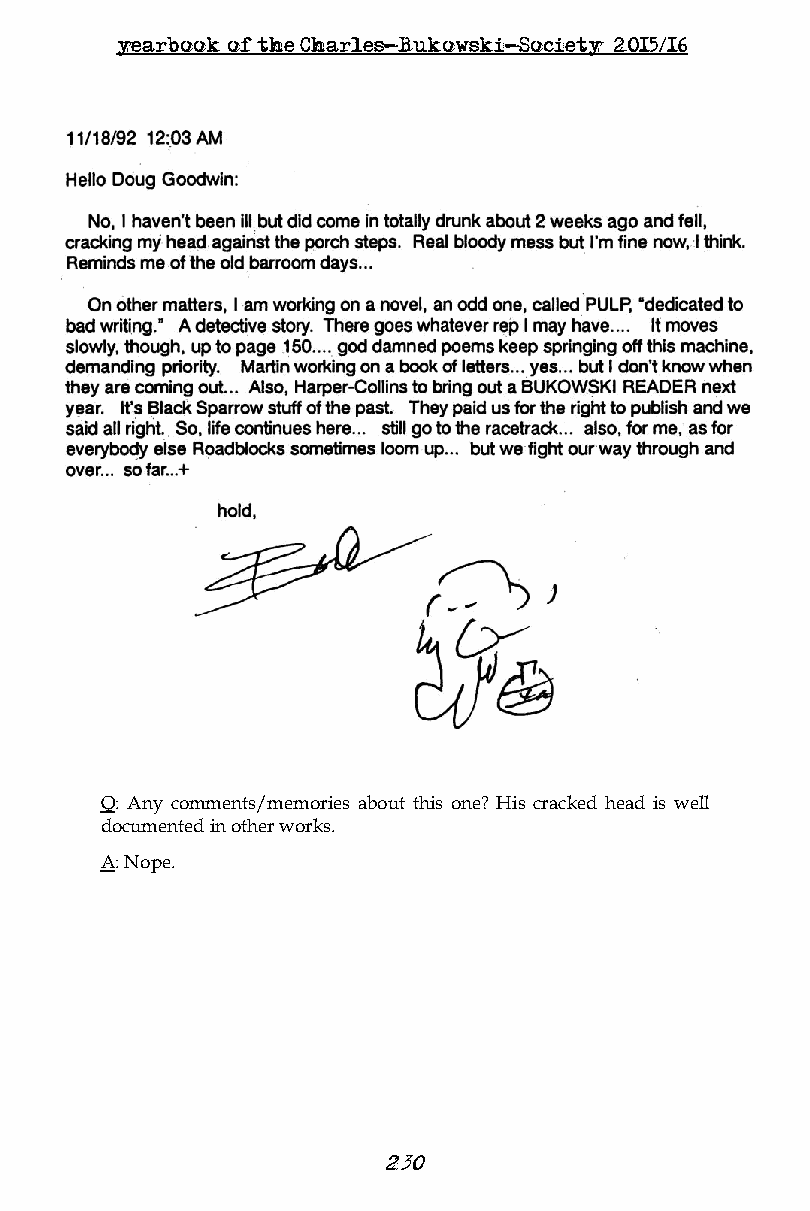
yearbook of the Charles-Bukowski-Society 2015/16
 Q: Any comments/memories about this one? His cracked head is well
 documented in other works.
 A: Nope.
 23 0